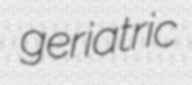
geriatric